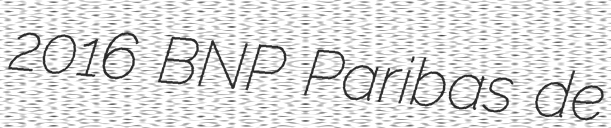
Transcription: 2016 BNP Paribas de